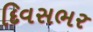
દિવસભર